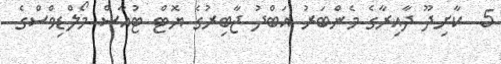
5  ކާށިދޫ ދާއިރާގެ މެންބަރު އަބްދު ޖާބިރުގެ ޔޮޓް ޓުއާސް މޯލްޑިވްސްގެ